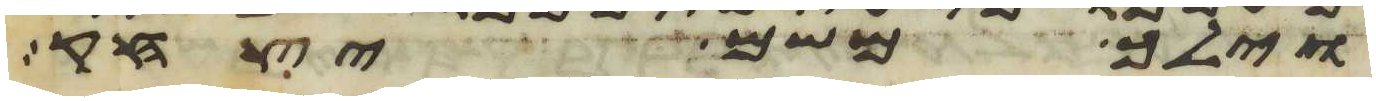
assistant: וילך משם יצחק